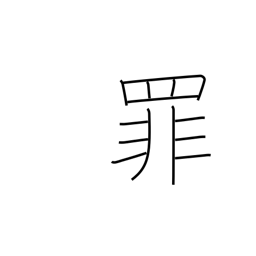
Meaning: crime